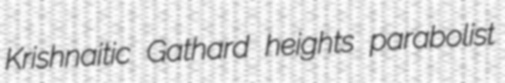
Krishnaitic Gathard heights parabolist